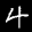
Label: 4